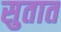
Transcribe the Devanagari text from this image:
सुतात